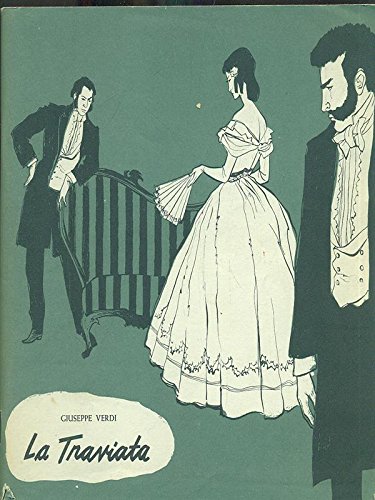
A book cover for La Traviata -- Opera in Three Acts -- Libretto by Francesco Maria Piave; Giuseppe Verdi; Health, Fitness & Dieting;